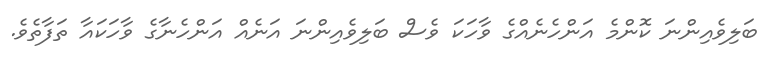
ބަލިވެއިންނަ ކޮންމެ އަންހެނެއްގެ ވާހަކަ ވެސް ބަލިވެއިންނަ އަނެއް އަންހެނާގެ ވާހަކައާ ތަފާތެވެ.